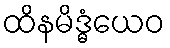
ထိနမိဒ္ဓံယေဝ